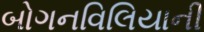
બોગનવિલિયાની